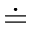
\doteq